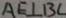
A E \bot B C